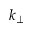
k _ { \perp }